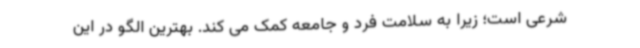
شرعی است؛ زیرا به سلامت فرد و جامعه کمک می کند. بهترین الگو در این